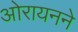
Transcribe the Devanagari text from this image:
ओरायनने